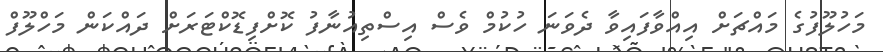
މަހުލޫފުގެ މައްޗަށް އިއްވާފައިވާ ދެވަނަ ހުކުމް ވެސް އިސްތިއުނާފު ކޮށްފިޑޮކްޓަރަށް ދައްކަން މަހްލޫފް